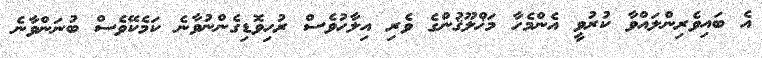
އެ ބައިވެރިންލައްވާ ކުރުވީ އެންމެހާ މަޚްލޫޤުންގެ ވެރި އިލާހުވެސް ރުހިވޮޑިގެންނުވާނެ ކަމެކޭވެސް ބުނަންވާނެ